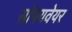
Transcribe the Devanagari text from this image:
सॉफ्यवेयर